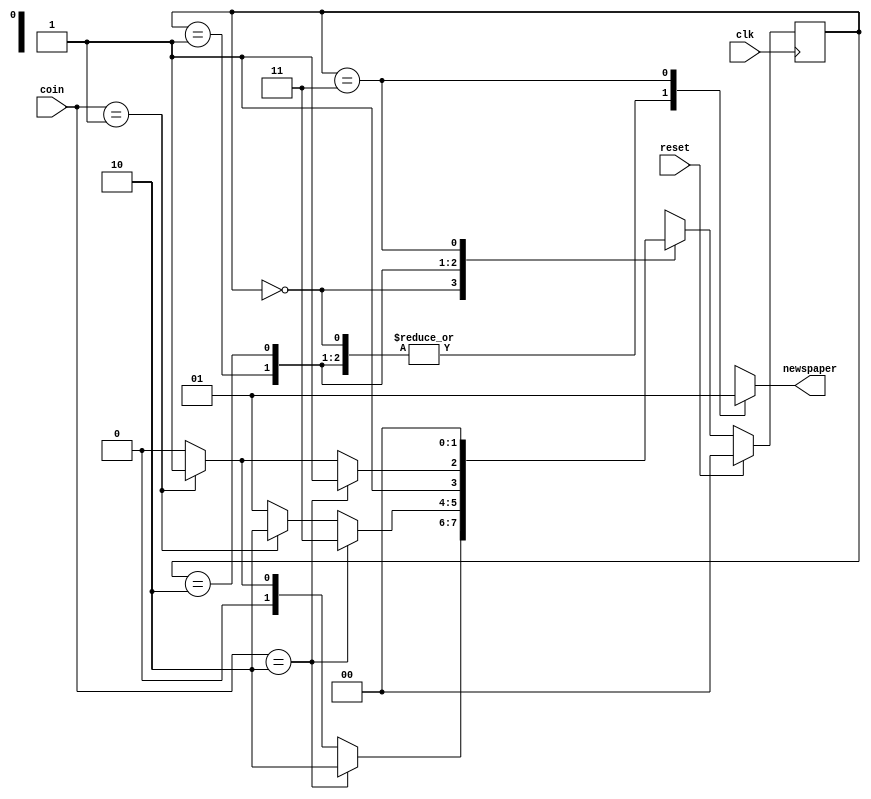
`timescale 1ns/1ps 
//newspaper vending machine coin acceptor
//using a FSM approach
module NEWSPAPER_VENDING (
    output wire newspaper,
    input wire [1:0] coin,
    input clk, reset 
);

wire [1:0] NEXT_STATE;
reg [1:0] PRES_STATE;

//state encodings
parameter   s0= 2'b00,
            s5= 2'b01,
            s10= 2'b10,
            s15= 2'b11;

//clock the state flip-flops use synchronous reset
always @(posedge clk) begin
    if(reset== 1'b1)
        PRES_STATE<= s0;
    else
        PRES_STATE<= NEXT_STATE;
end

//re-evaluate combinational logic each time
//a coin is put or present state changes.
assign {newspaper, NEXT_STATE}= fsm(coin, PRES_STATE);

//combination logic
function [2:0] fsm(
    input [1:0] fsm_coin, 
    input [1:0] fsm_PRES_STATE
    );
    reg fsm_newspaper;
    reg [1:0] fsm_next_state;

    begin
        case (fsm_PRES_STATE)
            s0: begin
                if(fsm_coin== 2'b10)
                begin
                    fsm_newspaper= 1'b0;
                    fsm_next_state= s10;
                end
                else if(fsm_coin== 2'b01) begin
                    fsm_newspaper= 1'b0;
                    fsm_next_state= s5;
                end
                else begin
                    fsm_newspaper= 1'b0;
                    fsm_next_state= s0;
                end
            end

            s5: begin
                if (fsm_coin== 2'b10) begin
                    fsm_newspaper= 1'b0;
                    fsm_next_state= s15;
                end
                else if (fsm_coin== 2'b01) begin
                    fsm_newspaper= 1'b0;
                    fsm_next_state= s10;
                end
                else begin
                    fsm_newspaper= 1'b0;
                    fsm_next_state= s5;
                end
            end

            s10: begin
                if(fsm_coin== 2'b10) begin
                    fsm_newspaper= 1'b0;
                    fsm_next_state= s15;
                end
                else if (fsm_coin== 2'b01) begin
                    fsm_newspaper= 1'b0;
                    fsm_next_state= s15;
                end
                else begin
                    fsm_newspaper= 1'b0;
                    fsm_next_state= s10;
                end
            end

            s15: begin
                fsm_newspaper= 1'b1;
                fsm_next_state= s0;
            end
            default: begin
                fsm_newspaper= 1'b0;
                fsm_next_state= s0;
            end
        endcase
        fsm= {fsm_newspaper, fsm_next_state};
    end
endfunction
 
endmodule //NEWSPAPER_VENDING